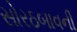
સોરઠબાવની